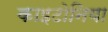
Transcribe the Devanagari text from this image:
काइटोनिया